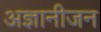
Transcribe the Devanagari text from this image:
अज्ञानीजन